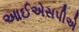
આઈએસપીએ